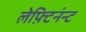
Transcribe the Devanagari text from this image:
लेफ़्टिनंन्ट